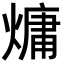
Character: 𪹨